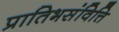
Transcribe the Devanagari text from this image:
प्रातिभसंवित्ति